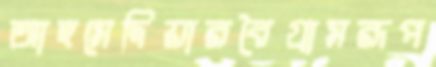
আহমেদিয়ারবৈগ্রামরূপ